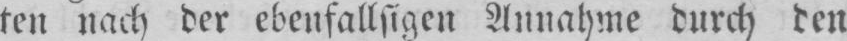
ten nach der ebenfallsigen Annahme durch den